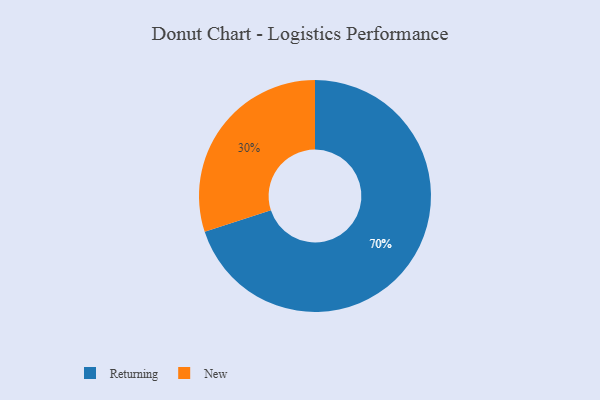
{"axis": {"x": "Category", "y": "Percentage"}, "legend": ["New", "Returning"], "data": [{"x": "New", "y": 30, "type": "New"}, {"x": "Returning", "y": 70, "type": "Returning"}]}